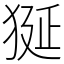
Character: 狿